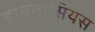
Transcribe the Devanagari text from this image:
डायनासियस